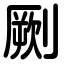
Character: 劂